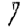
Digit: 7